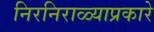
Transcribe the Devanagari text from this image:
निरनिराळ्याप्रकारे